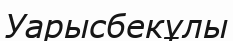
Уарысбекұлы